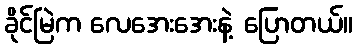
ခိုင်မြဲက လေအေးအေးနဲ့ ပြောတယ်။